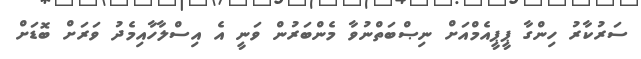
ސަރުކާރު ހިންގާ ޕީޕީއެމްއަށް ނިޞްބަތްނުވާ މެންބަރުން ވަނީ އެ އިސްލާހާއިމެދު ވަރަށް ބޮޑަށް